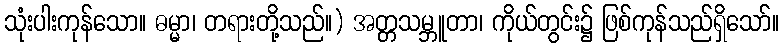
သုံးပါးကုန်သော။ ဓမ္မာ၊ တရားတို့သည်။) အတ္တသမ္ဘူတာ၊ ကိုယ်တွင်း၌ ဖြစ်ကုန်သည်ရှိသော်။